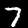
Label: 7